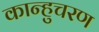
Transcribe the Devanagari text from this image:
कान्हुचरण